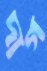
দাগ